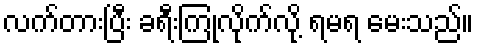
လက်တားပြီး ခရီးကြုံလိုက်လို့ ရမရ မေးသည်။